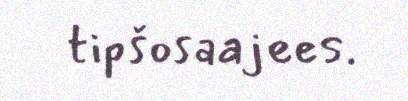
tipšosaajees.